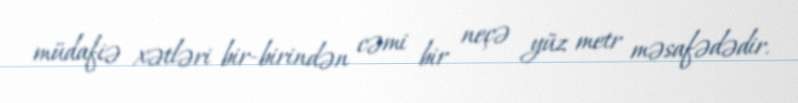
müdafiə xətləri bir-birindən cəmi bir neçə yüz metr məsafədədir.